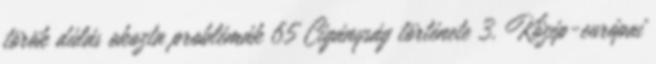
török dúlás okozta problémák 65 Cigányság története 3. Közép-európai